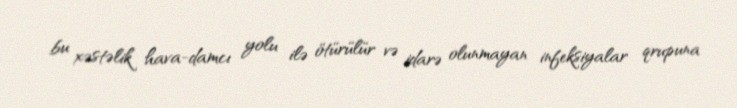
bu xəstəlik hava-damcı yolu ilə ötürülür və idarə olunmayan infeksiyalar qrupuna